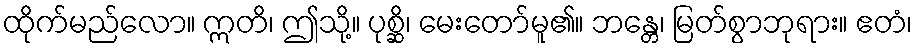
ထိုက်မည်လော။ ဣတိ၊ ဤသို့။ ပုစ္ဆိ၊ မေးတော်မူ၏။ ဘန္တေ၊ မြတ်စွာဘုရား။ ဧတံ၊